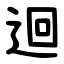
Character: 迴